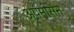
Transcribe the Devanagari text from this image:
अपमासन